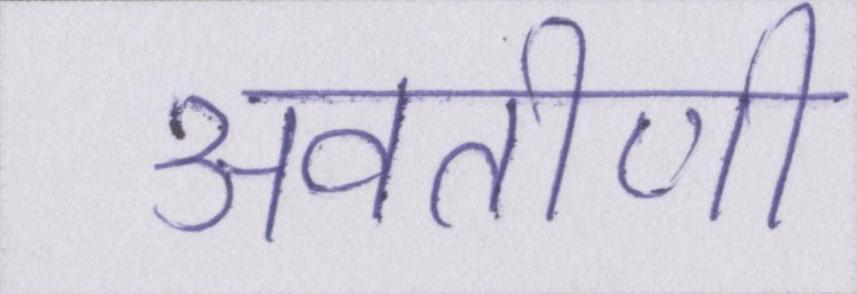
अवतीर्ण